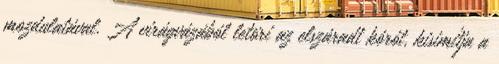
mozdulatával. A virágvázából letöri az elszáradt kórót, kisimítja a